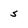
Character: 5